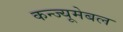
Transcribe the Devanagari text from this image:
कन्ज्यूमेबल